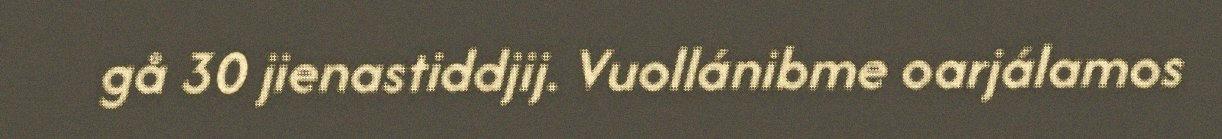
gå 30 jienastiddjij. Vuollánibme oarjálamos